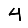
Digit: 4